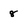
Character: 8